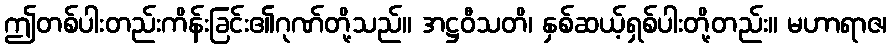
ဤတစ်ပါးတည်းကိန်းခြင်း၏ဂုဏ်တို့သည်။ အဋ္ဌဝီသတိ၊ နှစ်ဆယ့်ရှစ်ပါးတို့တည်း။ မဟာရာဇ၊